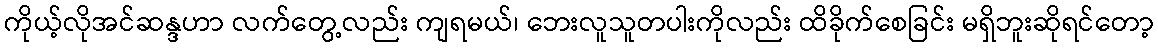
ကိုယ့်လိုအင်ဆန္ဒဟာ လက်တွေ့လည်း ကျရမယ်၊ ဘေးလူသူတပါးကိုလည်း ထိခိုက်စေခြင်း မရှိဘူးဆိုရင်တော့